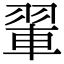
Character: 𫅨